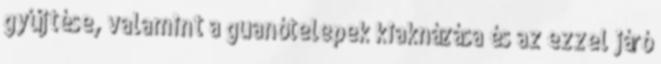
gyűjtése, valamint a guanótelepek kiaknázása és az ezzel járó